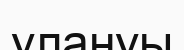
улануы